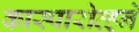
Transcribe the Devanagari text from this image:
कास्पारोव्हने